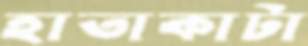
হাতাকাটা